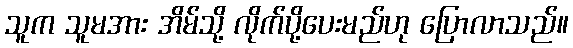
သူက သူမအား အိမ်သို့ လိုက်ပို့ပေးမည်ဟု ပြောလာသည်။